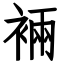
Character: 裲